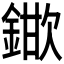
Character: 𮢞